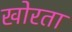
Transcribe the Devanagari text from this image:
खोरता